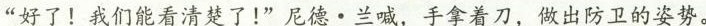
“好了！我们能看清楚了！”尼德· 兰喊，手拿着刀，做出防卫的姿势。